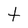
Character: t